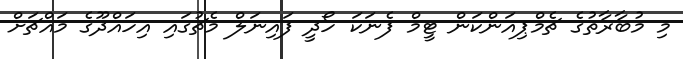
މި މުބާރާތުގެ ޗެމްޕިއަންކަން ޓީމް ފެނަކަ ހޯދީ ފައިނަލް މެޗުގައި އިހައްދޫގެ މައްޗަށް